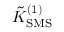
\tilde { K } _ { \mathrm { S M S } } ^ { ( 1 ) }